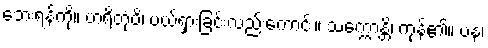
ဘေးရန်ကို။ ဟရိတုံပိ၊ ပယ်ရှားခြင်းလည်းကောင်း။ သက္ကောန္တိ၊ ကုန်၏။ ပန၊